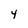
Character: 4